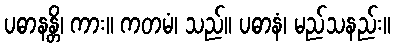
ပဓာနန္တိ၊ ကား။ ကတမံ၊ သည်။ ပဓာနံ၊ မည်သနည်း။